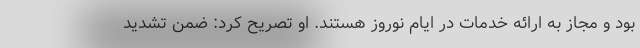
بود و مجاز به ارائه خدمات در ایام نوروز هستند. او تصریح کرد: ضمن تشدید